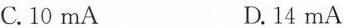
C. 10mA D. 14mA